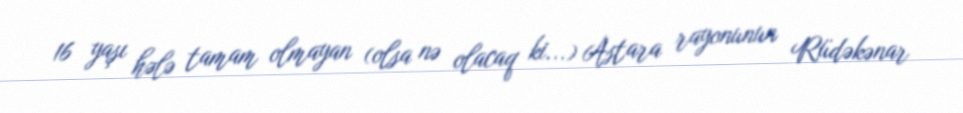
16 yaşı hələ tamam olmayan (olsa nə olacaq ki...) Astara rayonunun Rüdəkənar